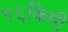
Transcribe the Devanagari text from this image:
१६किमी